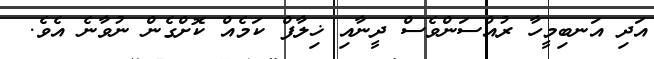
އަދި އަނބިމީހާ ރުއްސަންވެސް ދީނާއި ޚިލާފް ކަމެއް ކޮށްގެން ނުވާނެ އެވެ.